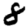
Digit: 8